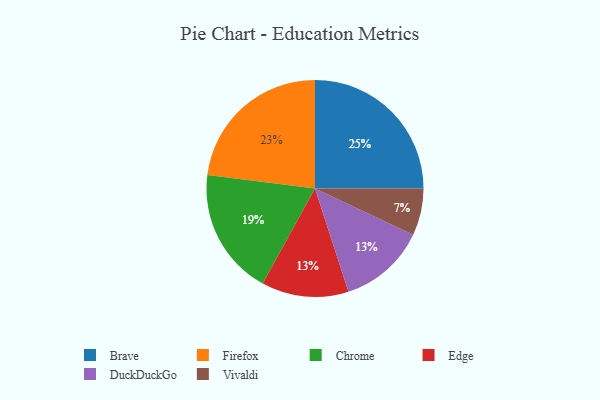
{"axis": {"x": "Category", "y": "Percentage"}, "legend": ["Brave", "Chrome", "DuckDuckGo", "Edge", "Firefox", "Vivaldi"], "data": [{"x": "Firefox", "y": 23, "type": "Firefox"}, {"x": "Vivaldi", "y": 7, "type": "Vivaldi"}, {"x": "Edge", "y": 13, "type": "Edge"}, {"x": "DuckDuckGo", "y": 13, "type": "DuckDuckGo"}, {"x": "Brave", "y": 25, "type": "Brave"}, {"x": "Chrome", "y": 19, "type": "Chrome"}]}